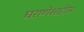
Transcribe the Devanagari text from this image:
घराणेशाहीस